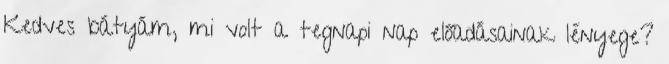
Kedves bátyám, mi volt a tegnapi nap előadásainak lényege?